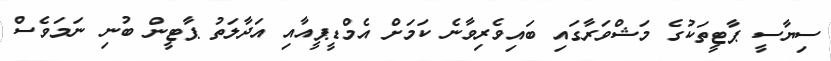
ސިޔާސީ ޕާޓީތަކުގެ މަޝްވަރާގައި ބައިވެރިވާނެ ކަމަށް އެމްޑީޕީއާއި އަދާލަތު ޕާޓީން ބުނި ނަމަވެސް